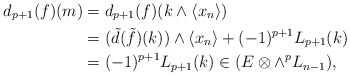
\begin{align*} d_{p+1}(f)(m)&= d_{p+1}(f)(k\wedge\langle x_n\rangle)\\ &= (\tilde d(\tilde f)(k))\wedge\langle x_n\rangle + (-1)^{p+1} L_{p+1}(k)\\&= (-1)^{p+1}L_{p+1}(k) \in (E\otimes\wedge^p L_{n-1}),\\ \end{align*}